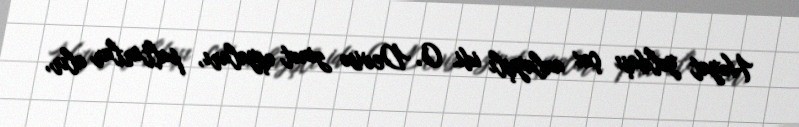
Həyat yoldaşı çox anlayışlı idi. O, Devisə zinət əşyaları, paltarlar alır,